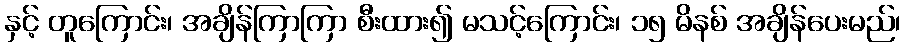
နှင့် တူကြောင်း၊ အချိန်ကြာကြာ စီးထား၍ မသင့်ကြောင်း၊ ၁၅ မိနစ် အချိန်ပေးမည်၊